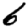
Digit: 6